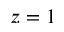
z = 1